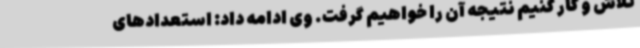
تلاش و کار کنیم نتیجه آن را خواهیم گرفت. وی ادامه داد: استعدادهای